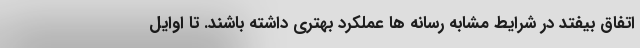
اتفاق بیفتد در شرایط مشابه رسانه ها عملکرد بهتری داشته باشند. تا اوایل